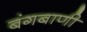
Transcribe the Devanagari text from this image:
बंगबाणी